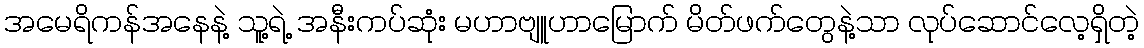
အမေရိကန်အနေနဲ့ သူ့ရဲ့ အနီးကပ်ဆုံး မဟာဗျူဟာမြောက် မိတ်ဖက်တွေနဲ့သာ လုပ်ဆောင်လေ့ရှိတဲ့